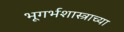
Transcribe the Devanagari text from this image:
भूगर्भशास्त्राच्या